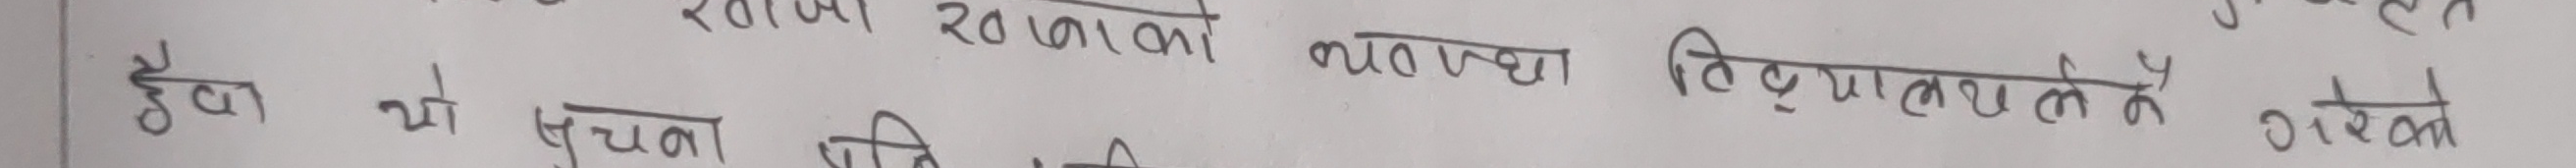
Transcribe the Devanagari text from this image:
हैबा यो सूचना कि रक्ताज २० लाखको भुगतान न्यायालयले गरेका